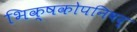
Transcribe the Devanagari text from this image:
भिक्षकोपनिषद्